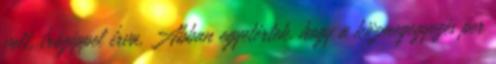
volt, írógéppel írva. Abban egyetértek, hogy a közmegegyezés per